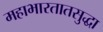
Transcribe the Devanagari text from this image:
महाभारतातसुद्धा